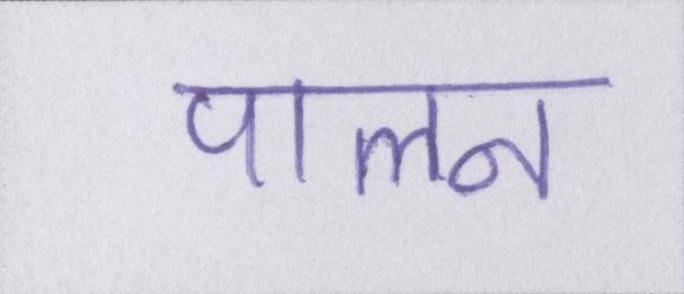
पालन